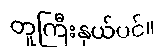
တူကြီးနှယ်ပင်။